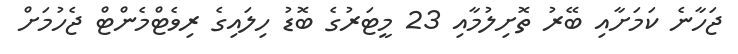
ޖަހާނެ ކަމަށާއި ބޭރު ތޮށިލުމާއި 23 މީޓަރުގެ ބޮޑު ހިލައިގެ ރިވެޓްމެންޓް ޖެހުމަށް